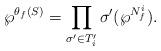
LaTeX: \begin{align*}\wp^{\theta_f(S)}=\prod_{\sigma' \in T_i'} \sigma'(\wp^{N_f^i}).\end{align*}